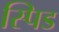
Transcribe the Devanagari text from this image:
स्पिड